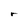
Character: r